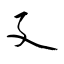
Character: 廴